system: You are a helpful assistant.
user:
Analyze the provided spectrum to determine if it is a **Carbon Star (C-type)**.

- **Key Visual Indicators of Carbon Star:**
    - **(Primary):** Strong molecular absorption from **C₂ (diatomic carbon) "Swan Bands."** This is the **defining feature** of a carbon star.
        - **(Key Bandheads):** Sharp absorption edges are visible at approximately $5635$ Å, $5165$ Å (the strongest band), and $4737$ Å.
        - **(Line Profile):** Creates a distinct **"saw-tooth"** pattern. The key morphology is a sharp, steep bandhead on the **red (long-wavelength) side**, which then gradually tapers off (i.e., flux recovers) towards the **blue (short-wavelength) side**. *(This is the direct opposite of the TiO bands seen in M-type stars)*.

    - **(Secondary):** Intense **CN (cyanogen)** molecular absorption bands.
        - **(Key Bandheads):** Located in the blue and violet regions of the spectrum (e.g., near $4215$ Å and $3883$ Å).
        - **(Morphology):** These bands are extremely broad and act as a "blanket," absorbing the vast majority of blue and violet light. This creates a characteristic **"cliff"** or **"steep drop-off"** in the spectrum's flux at short wavelengths.

    - **(Key Confirmation):** Strong **CH absorption band (G-band)**.
        - **(Key Bandhead):** Located around $4300$ Å. The contribution from CH molecules to this band is exceptionally strong.

    - **(Overall Spectrum):**
        - The continuum is severely "chopped up" by these deep molecular bands, especially C₂, rather than appearing as a smooth curve.
        - Due to the heavy CN and C₂ absorption in the blue-green, the vast majority of the star's flux is concentrated in the red part of the spectrum, giving the star its characteristic deep red color.

Think first, call **spectral_visualization_tool** if needed to examine features in detail, then provide your final answer. Your response must adhere to the following strict rules:
1.  **Overall Structure:** Your response must follow the format `<think>...</think> <tool_call>...</tool_call> (if a tool is used) <answer>...</answer>`.
2.  **Tool Usage Constraint:** You may only make **one** tool call per turn.
3.  **Final Answer Format:** In the `<answer>` tag, your conclusion must be inside a `\boxed{}` command (e.g., `\boxed{YES}`), followed by your justification.

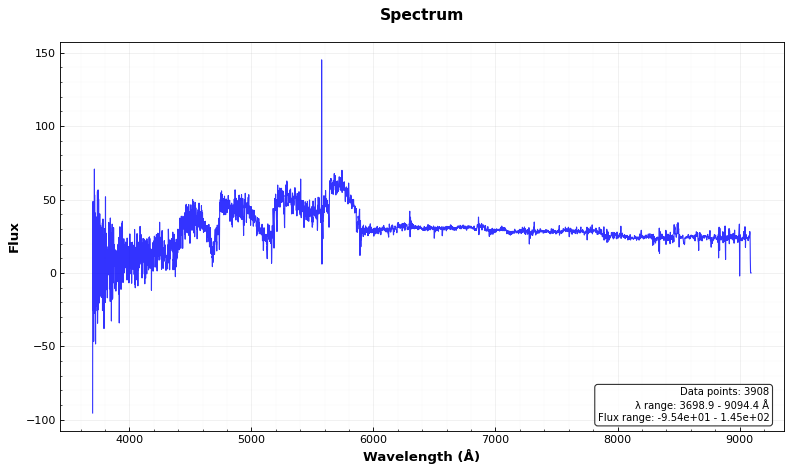
Answer: YES